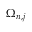
\Omega _ { n , j }